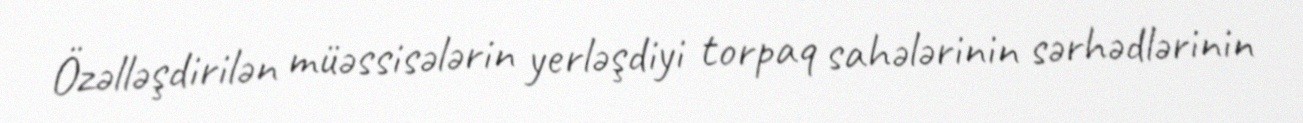
Özəlləşdirilən müəssisələrin yerləşdiyi torpaq sahələrinin sərhədlərinin